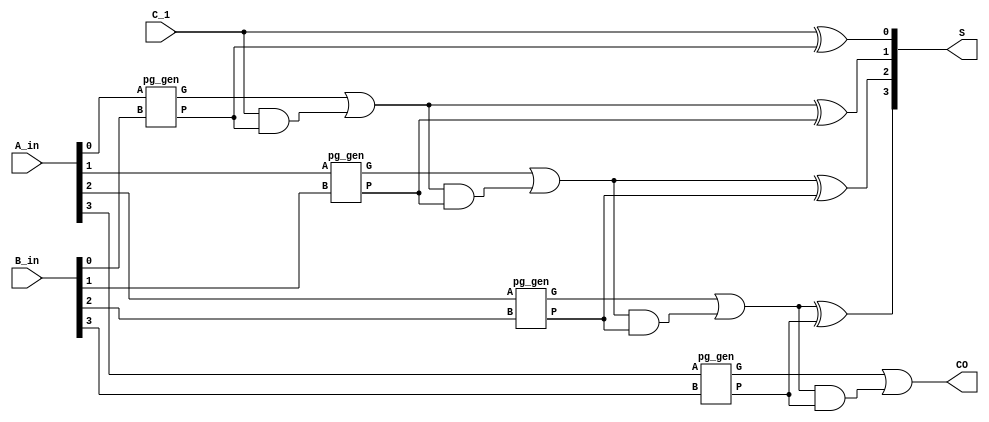
`timescale 1ns/1ns

module lca_4 #(parameter width=4)(
	input		[width-1:0]       A_in  ,
	input	    [width-1:0]		B_in  ,
    input                   C_1   ,
 
 	output	 wire			CO    ,
	output   wire [width-1:0]	    S
);
	wire [width-1:0] P,G;
	reg [width:0] C;
	genvar i;
	generate 
		for(i=0;i<width;i=i+1) begin
			pg_gen U1 (
				.A(A_in[i]),
				.B(B_in[i]),
				.P(P[i]),
				.G(G[i])
				);
		end
	endgenerate
	integer j;
	always@(*)begin
			C[0] = C_1;
		for(j=1;j<=width;j=j+1)begin
			C[j] = G[j-1] | C[j-1]&P[j-1];
		end
	end
	assign CO = C[width];

	genvar k;
	generate 
		for(i=0;i<width;i=i+1) begin
			assign S[i] = C[i] ^ P[i];
		end
	endgenerate
	

endmodule


module pg_gen(
	input A,
	input B,
	output P,
	output G
);
	assign P = A ^ B;
	assign G = A & B;
endmodule